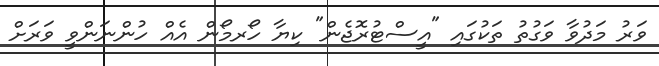
ވަރު މަދުވާ ވަގުތު ތަކުގައި "އީސްޓުރޮޖެން" ކިޔާ ހޯރމޯން އެއް ހުންނަންވީ ވަރަށް